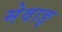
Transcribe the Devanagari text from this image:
मेवाङ्